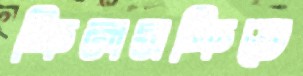
ফিলসফিতে